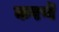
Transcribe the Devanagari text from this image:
करणॆ